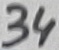
Text: 34